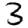
Digit: 3